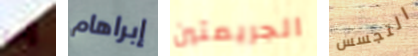
إلى إبراهام الجريمتين التجسس